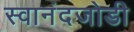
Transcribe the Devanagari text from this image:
स्वानंदजोडी